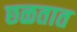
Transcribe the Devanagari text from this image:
छळतात